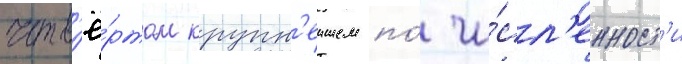
четв'ё́ртом крупн'еишем по́ чи́сл'енност'и